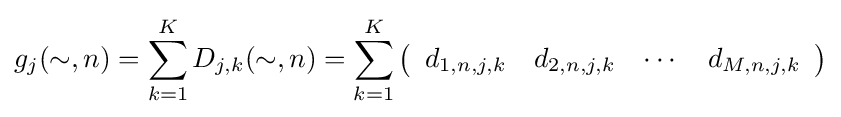
g_{j}(\sim ,n)=\sum _{k=1}^{K}D_{j,k}(\sim ,n)=\sum _{k=1}^{K}\left({\begin{array}{cccc}d_{1,n,j,k}&d_{2,n,j,k}&\cdots &d_{M,n,j,k}\\\end{array}}\right)